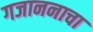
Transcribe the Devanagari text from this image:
गजाननाचा